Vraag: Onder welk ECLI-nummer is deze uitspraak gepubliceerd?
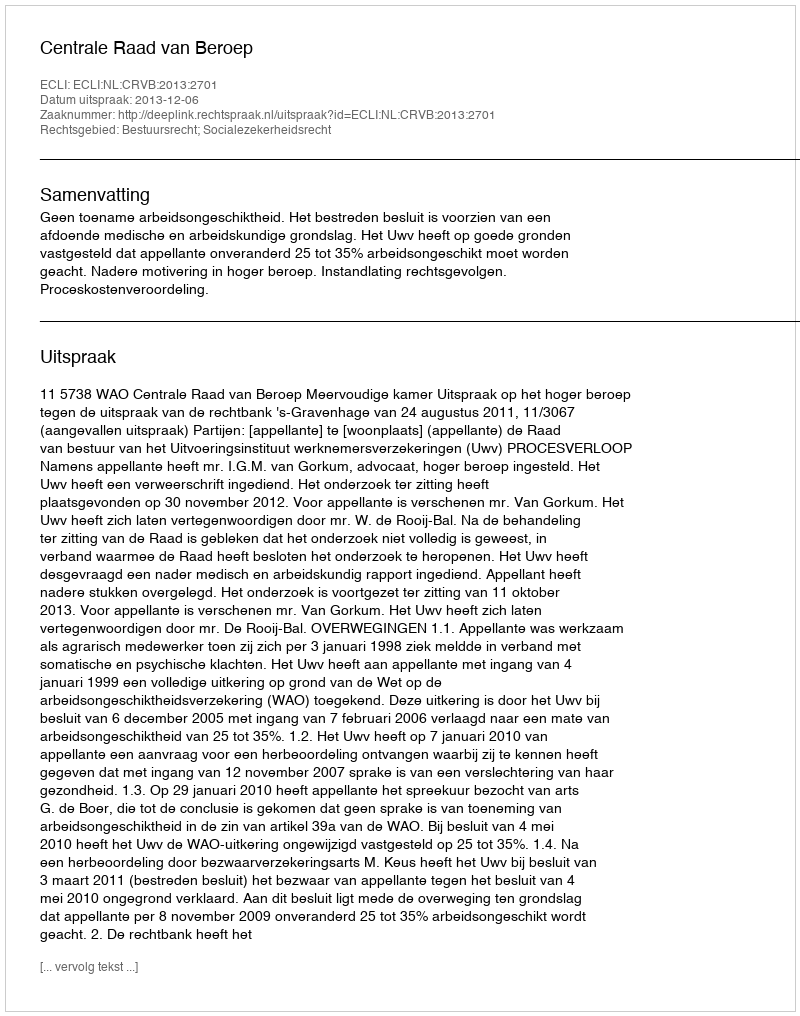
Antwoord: ECLI:NL:CRVB:2013:2701